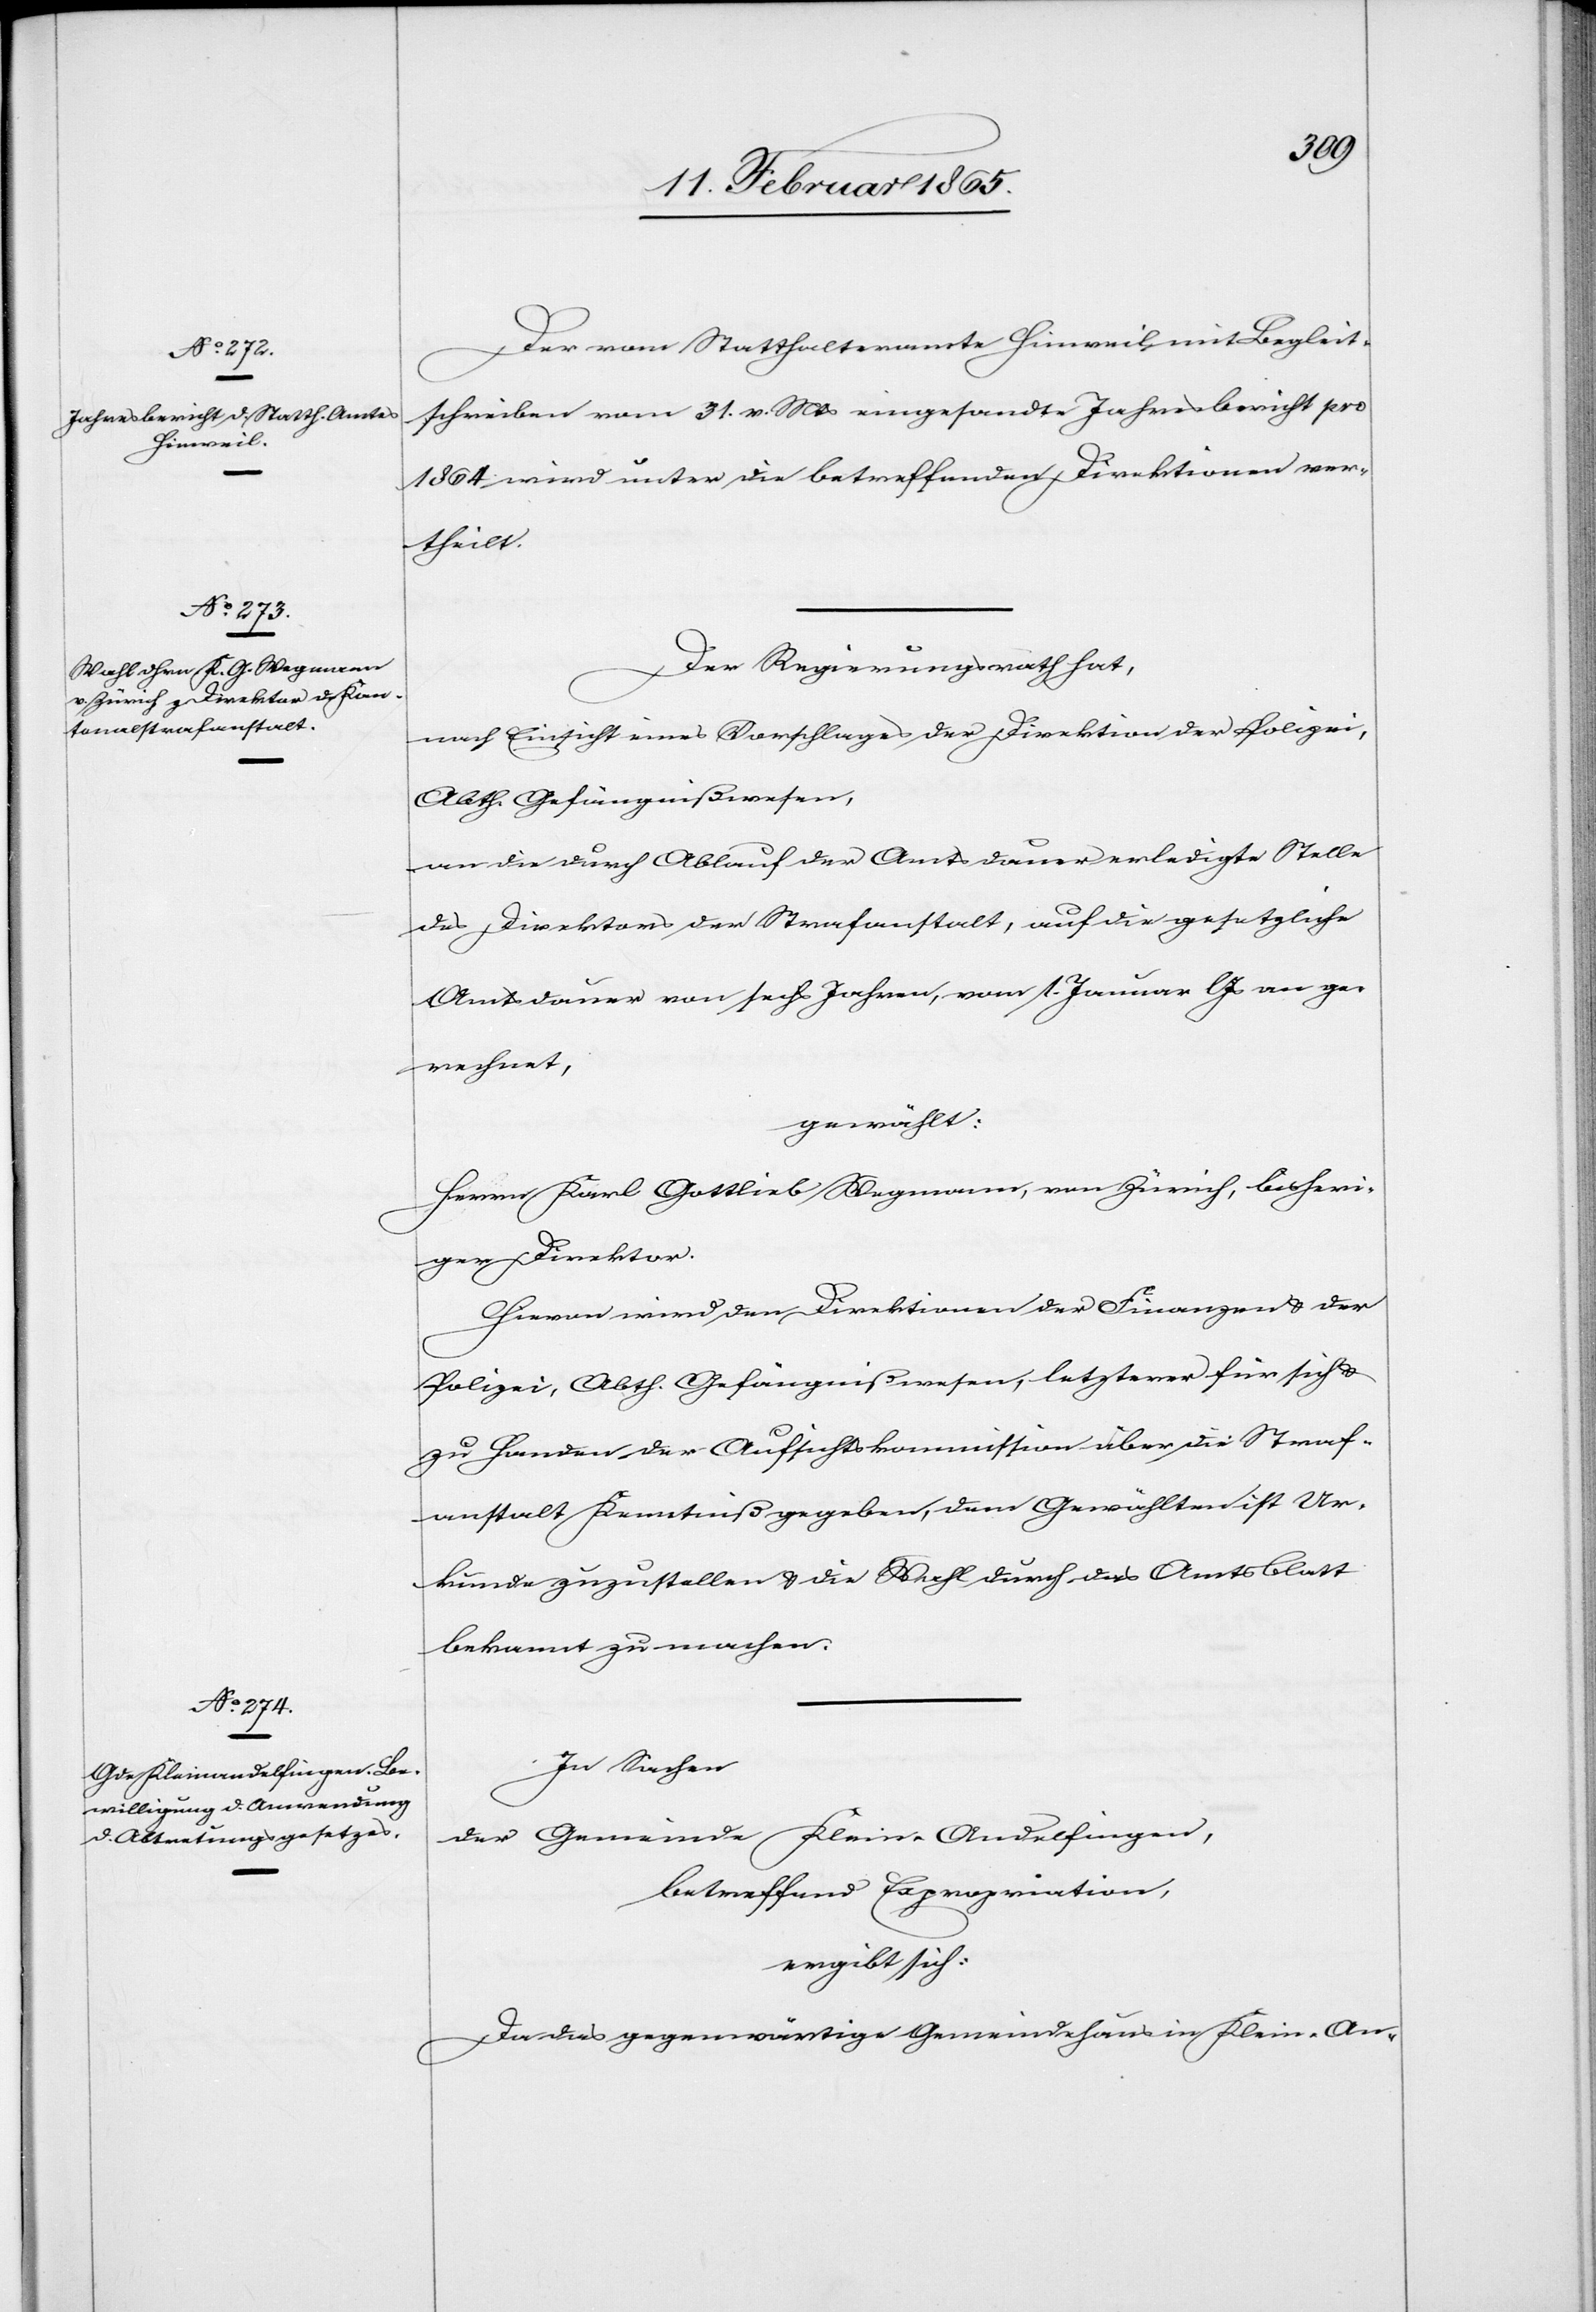
Der vom Statthalteramte Hinweil mit Begleit¬
schreiben vom 31. v. Mts eingesandte Jahresbericht pro
1864 wird unter die betreffenden Direktionen ver¬
theilt.
Der Regierungsrath hat,
nach Einsicht eines Vorschlages der Direktion der Polizei,
Abth. Gefängnißwesen,
an die durch Ablauf der Amtsdauer erledigte Stelle
des Direktors der Strafanstalt, auf die gesetzliche
Amtsdauer von sechs Jahren, vom 1. Januar l Js an ge¬
rechnet,
gewählt:
Herrn Karl Gottlieb Wegmann, von Zürich, bisheri¬
ger Direktor.
Hievon wird den Direktionen der Finanzen u. der
Polizei, Abth. Gefängnißwesen, letzterer für sich u.
zu Handen der Aufsichtskommission über die Straf¬
anstalt Kenntniß gegeben, dem Gewählten ist Ur¬
kunde zuzustellen u. die Wahl durch das Amtsblatt
bekannt zu machen.
In Sachen
der Gemeinde Klein-Andelfingen,
betreffend Expropriation,
ergibt sich:
Da das gegenwärtige Gemeindehaus in Klein-An-